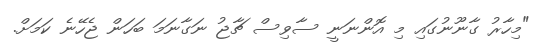
"މިހާރު ގާނޫނުގައި މި އޮންނަނީ ސާވިސް ޗާޖު ނަގާނަމަ ބަހަން ޖެހޭނެ ކަމަށް.